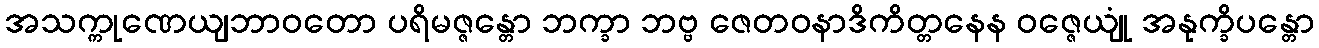
အသက္ကုဏေယျဘာဝတော ပရိမဇ္ဇန္တော ဘက္ခာ ဘဗ္ဗ ဇေတဝနာဒိကိတ္တနေန ဝဇ္ဇေယျုံ အနုက္ခိပန္တော